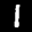
Label: 1